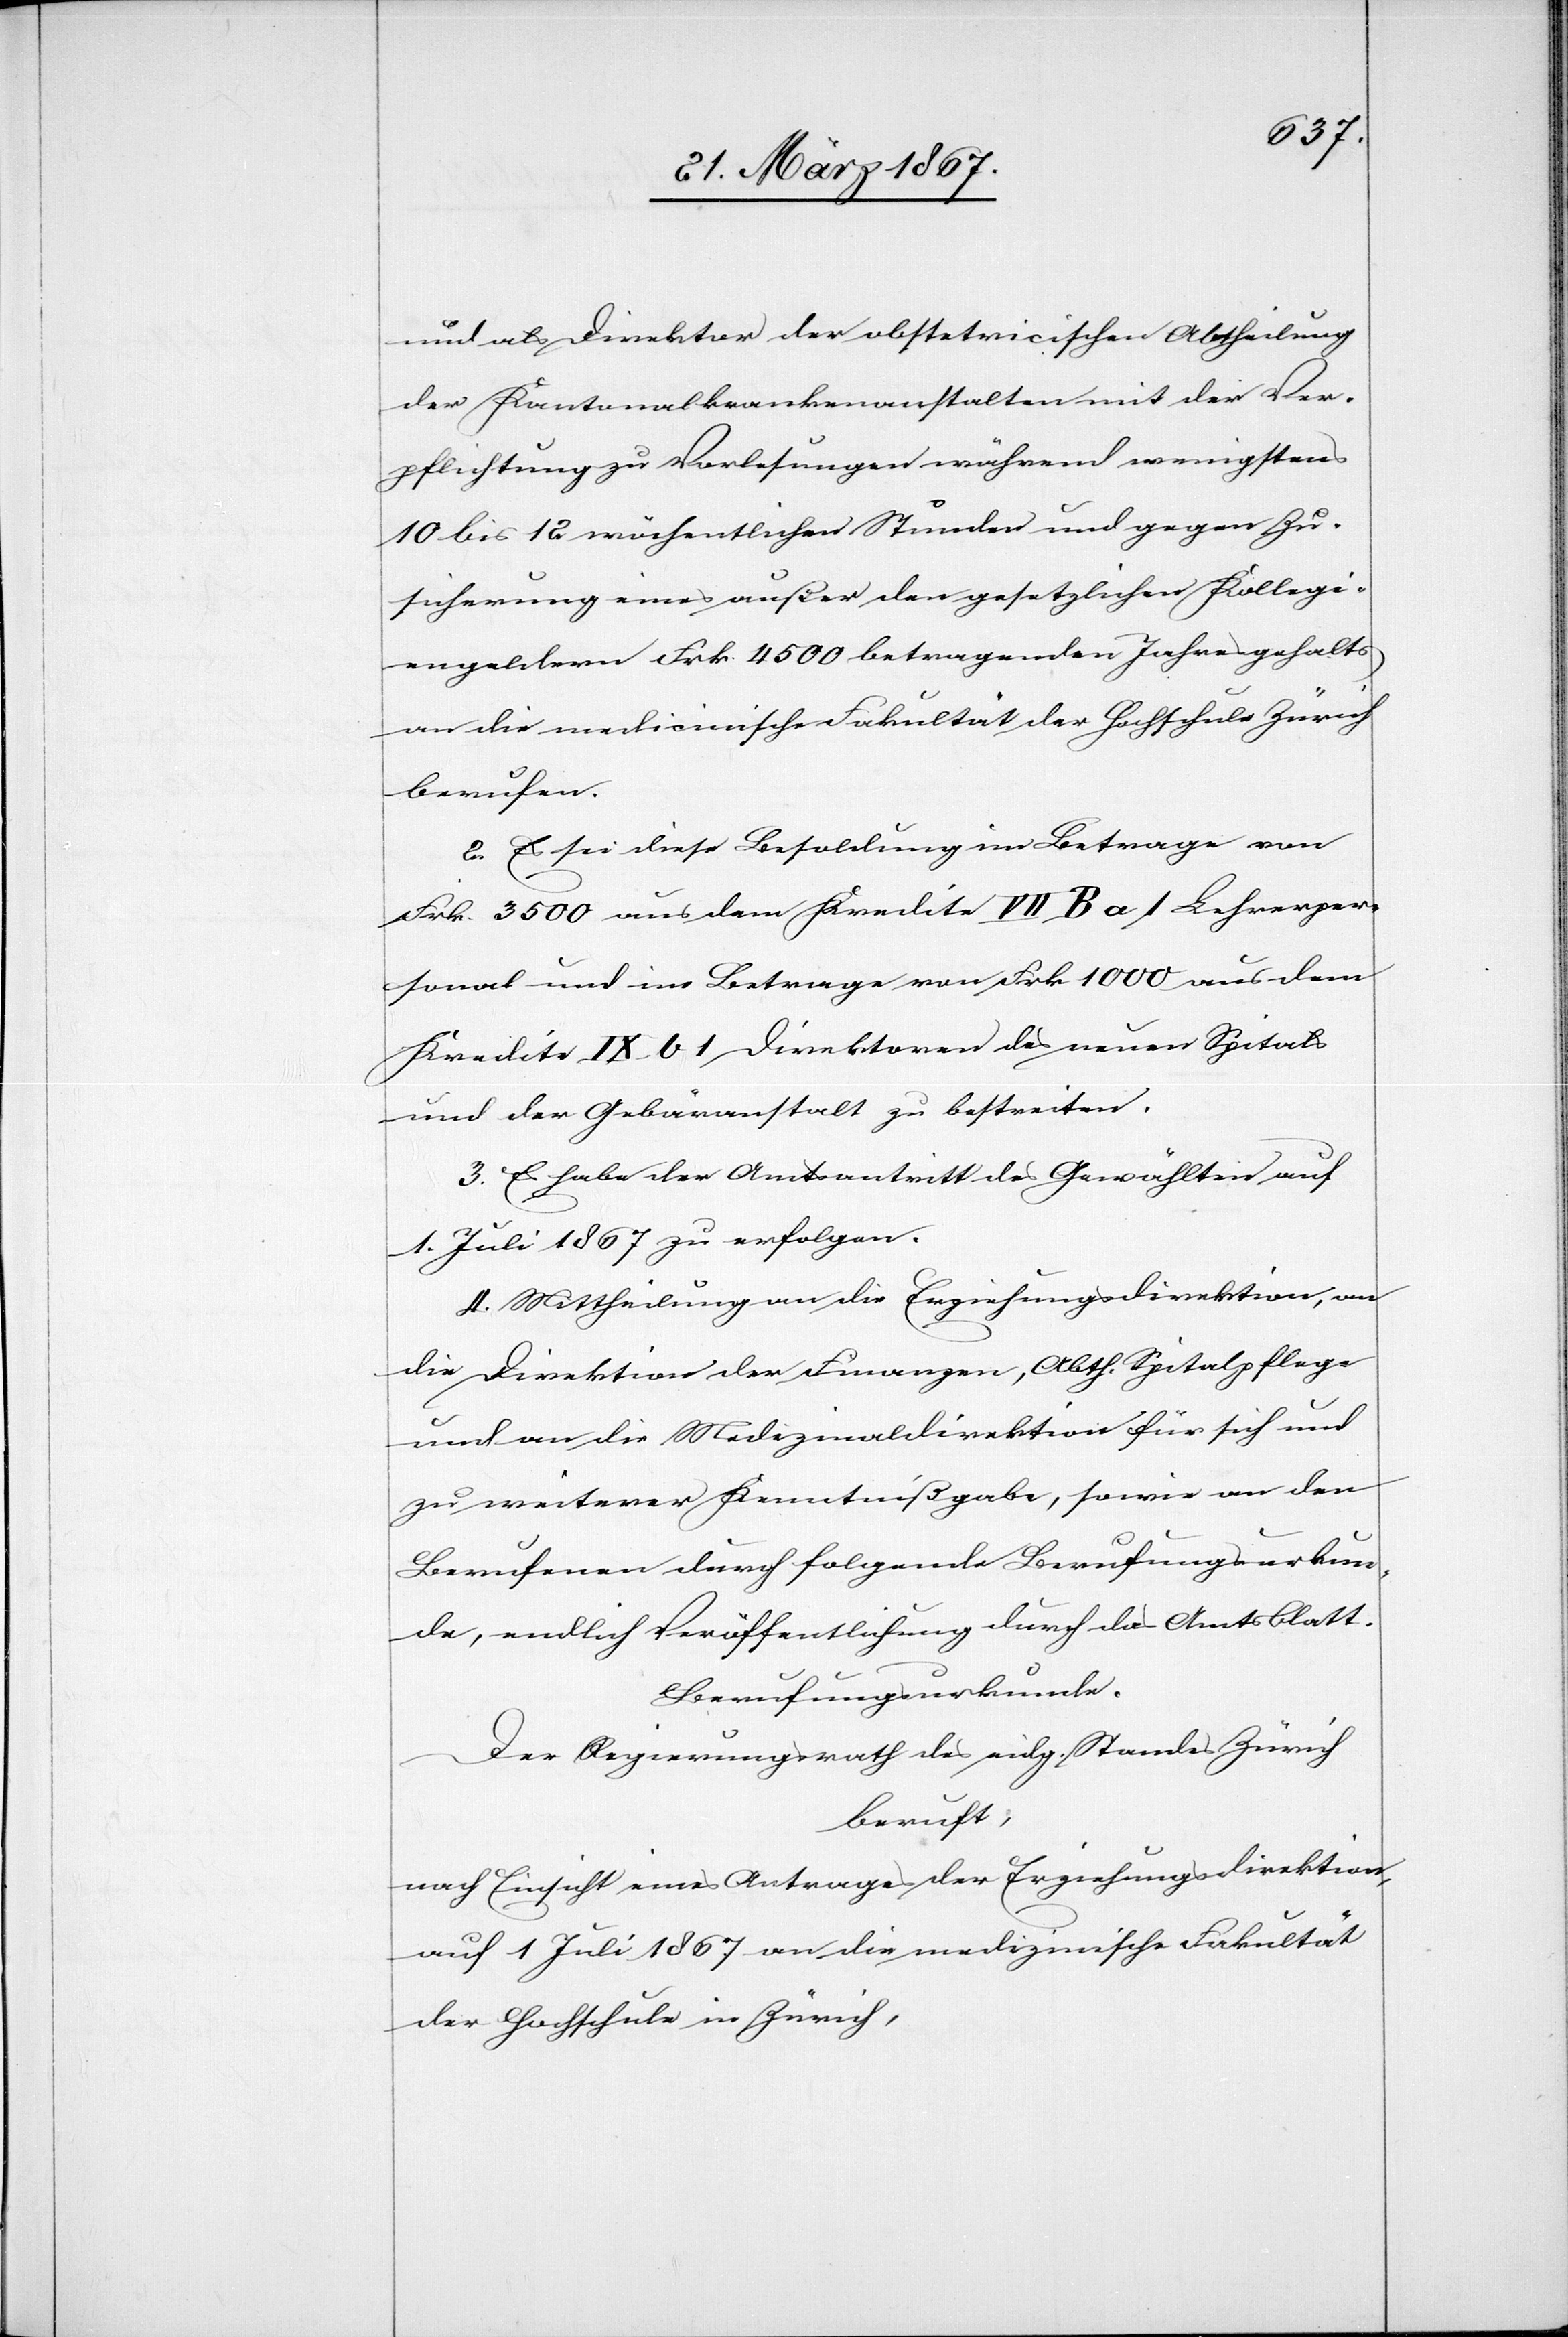
und als Direktor der obstetricischen Abtheilung
der Kantonalkrankenanstalten mit der Ver¬
pflichtung zu Vorlesungen während wenigstens
10 bis 12 wöchentlichen Stunden und gegen Zu¬
sicherung eines außer den gesetzlichen Kollegi¬
engeldern Frk. 4500 betragenden Jahresgehalts
an die medicinische Fakultät der Hochschule Zürich
berufen.
2. Es sei diese Besoldung im Betrage von
Frk. 3500 aus dem Kredite VII B a 1 Lehrerper¬
sonal und im Betrage von Frk. 1000 aus dem
Kredite IX b 1 Direktoren des neuen Spitals
und der Gebäranstalt zu bestreiten.
3. Es habe der Amtsantritt des Gewählten auf
1. Juli 1867 zu erfolgen.
4. Mittheilung an die Erziehungsdirektion, an
die Direktion der Finanzen, Abth. Spitalpflege
und an die Medizinaldirektion für sich und
zu weiterer Kenntnißgabe, sowie an den
Berufenen durch folgende Berufungsurkun¬
de, endlich Veröffentlichung durch das Amtsblatt.
Berufungsurkunde.
Der Regierungsrath des eidg. Standes Zürich
beruft,
nach Einsicht eines Antrages der Erziehungsdirektion,
auf 1. Juli 1867 an die medizinische Fakultät
der Hochschule in Zürich,